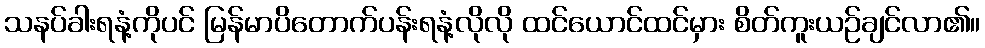
သနပ်ခါးရနံ့ကိုပင် မြန်မာပိတောက်ပန်းရနံ့လိုလို ထင်ယောင်ထင်မှား စိတ်ကူးယဉ်ချင်လာ၏။